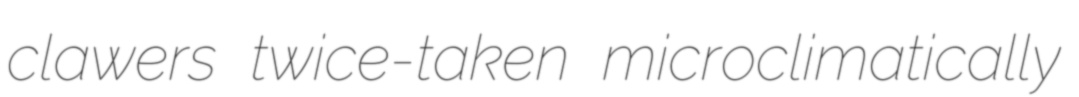
clawers twice-taken microclimatically